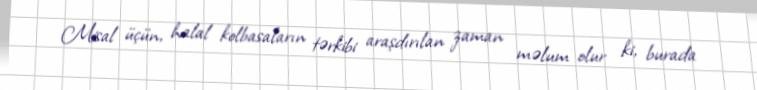
Misal üçün, halal kolbasaların tərkibi araşdırılan zaman məlum olur ki, burada